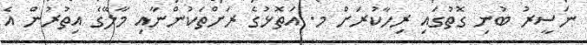
ނަސީރު ބުނި ގޮތުގައި ރިހާކުރަށް މ. އަތޮޅުގެ ރަށްތަކުންނާއި މާލޭގެ އިތުރުން އެ